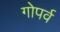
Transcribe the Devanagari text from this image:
गोपर्व